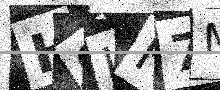
Text: HOLH7M